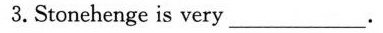
3.Stonehenge is very___.